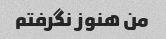
من هنوز نگرفتم